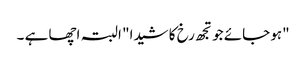
"ہو جائے جو تجھ رخ کا شیدا" البتہ اچھا ہے ۔